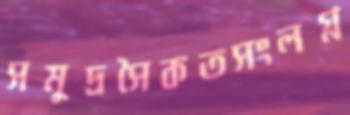
সমুদ্রসৈকতসংলগ্ন